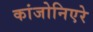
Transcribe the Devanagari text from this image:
कांजोनिएरे